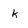
Character: k